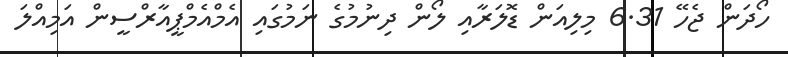
ހޯދަން ޖެހޭ 6.31 މިލިއަން ޑޮލަރާއި ލޯން ދިނުމުގެ ނަމުގައި އެމްއެމްޕީއާރްސީން އަމިއްލަ